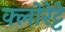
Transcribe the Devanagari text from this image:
क्‍लोरेट्टे